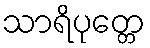
သာရိပုတ္တေ